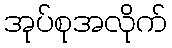
အုပ်စုအလိုက်